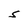
Character: S